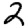
Digit: 2